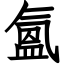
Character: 氳